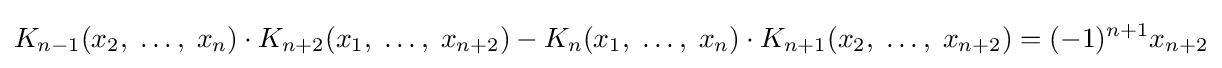
K_{n-1}(x_{2},\;\ldots ,\;x_{n})\cdot K_{n+2}(x_{1},\;\ldots ,\;x_{n+2})-K_{n}(x_{1},\;\ldots ,\;x_{n})\cdot K_{n+1}(x_{2},\;\ldots ,\;x_{n+2})=(-1)^{n+1}x_{n+2}